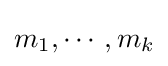
m_{1},\cdots ,m_{k}